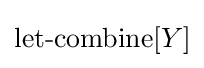
\operatorname {let-combine} [Y]